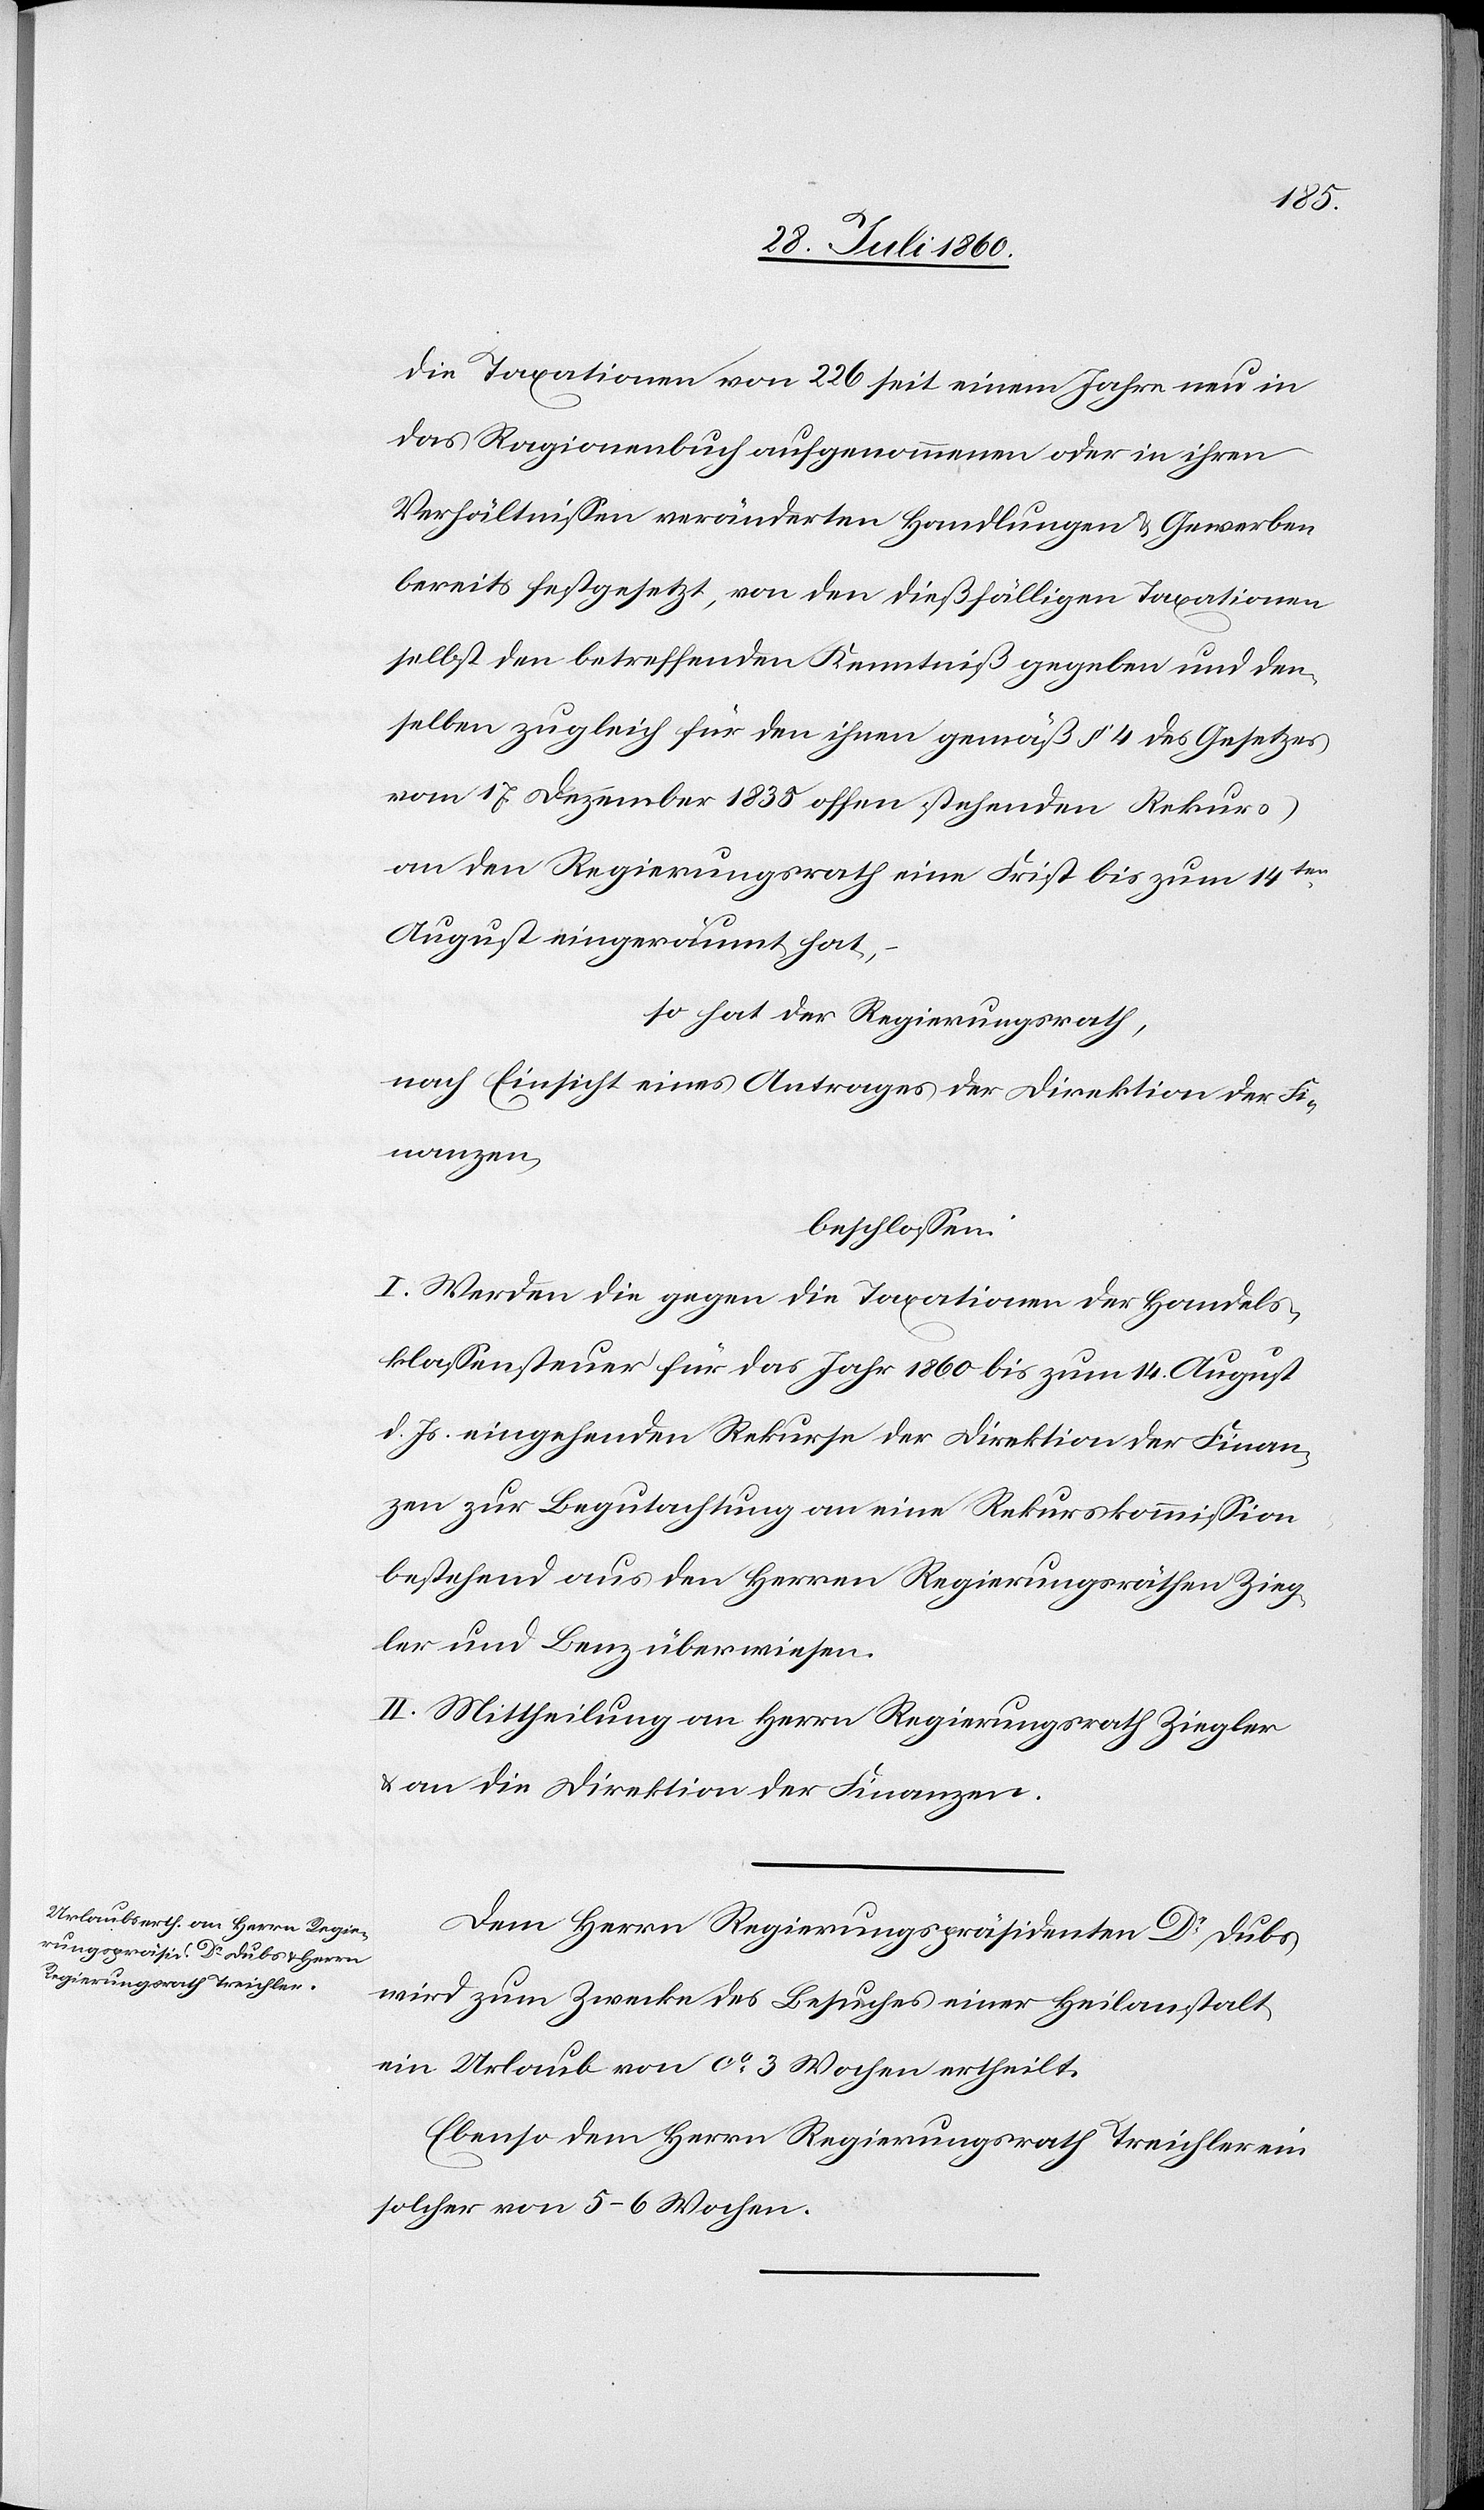
die Taxationen von 226 seit einem Jahre neu in
das Ragionenbuch aufgenommenen oder in ihren
Verhältnissen veränderten Handlungen u. Gewerben
bereits festgesetzt, von den diesfälligen Taxationen
selbst den betreffenden Kenntniß gegeben und den¬
selben zugleich für den ihnen gemäß §. 4. des Gesetzes
vom 17. Christmonat 1835 offen stehenden Rekurs
an den Regierungsrath eine Frist bis zum 14.
August eingeräumt hat,
so hat der Regierungsrath,
nach Einsicht eines Antrages der Direktion der Fi¬
Finanzen.
beschlossen.
I. Werden die gegen Taxationen der Handels¬
klassensteuer für das Jahr 1860 bis zum 14. August
d. Js. eingehenden Rekurse der Direktion der Finan¬
zen zur Begutachtung an eine Rekurskommission
bestehend aus den Herrn Regierungsräthen Zieg¬
ler und Benz überwiesen.
II. Mittheilung an Herrn Ziegler u. an die Direktion
Dem Herrn Regierungspräsidenten Dr Dubs
wird zum Zwecke des Besuches einer Heilanstalt
ein Urlaub von ca 3. Wochen ertheilt.
Ebenso dem Herrn Regierungsrath Treichler ein
solcher von 5–6 Wochen.